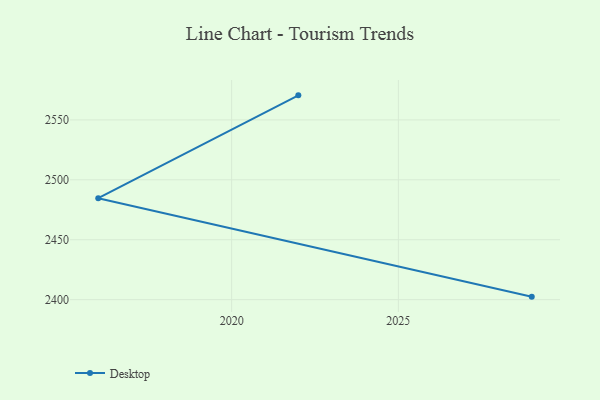
{"axis": {"x": "Year", "y": "Customer Acquisition Cost (USD)"}, "legend": ["Desktop"], "data": [{"x": "2022", "y": 2570.5, "type": "Desktop"}, {"x": "2016", "y": 2484.7, "type": "Desktop"}, {"x": "2029", "y": 2402.5, "type": "Desktop"}]}